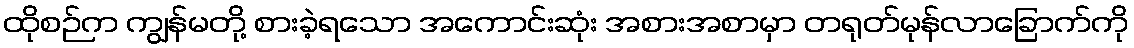
ထိုစဉ်က ကျွန်မတို့ စားခဲ့ရသော အကောင်းဆုံး အစားအစာမှာ တရုတ်မုန်လာခြောက်ကို